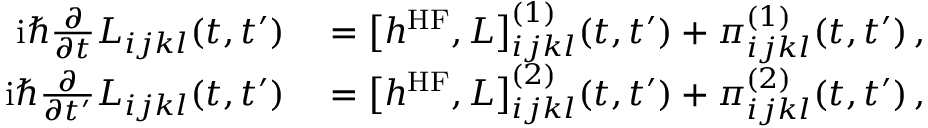
\begin{array} { r l } { \mathrm { i } \hbar \frac { \partial } { \partial t } L _ { i j k l } ( t , t ^ { \prime } ) } & { { } = \big [ h ^ { \mathrm { H F } } , L \big ] _ { i j k l } ^ { ( 1 ) } ( t , t ^ { \prime } ) + \pi _ { i j k l } ^ { ( 1 ) } ( t , t ^ { \prime } ) \, , \; } \\ { \mathrm { i } \hbar \frac { \partial } { \partial t ^ { \prime } } L _ { i j k l } ( t , t ^ { \prime } ) } & { { } = \big [ h ^ { \mathrm { H F } } , L \big ] _ { i j k l } ^ { ( 2 ) } ( t , t ^ { \prime } ) + \pi _ { i j k l } ^ { ( 2 ) } ( t , t ^ { \prime } ) \, , \; \: } \end{array}